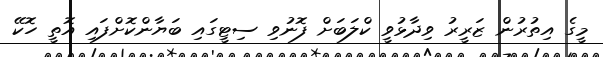
މީގެ އިތުރުން ޒަރީރު ވިދާޅުވީ ކްލަބަށް ފޮނުވި ސިޓީގައި ބަޔާންކޮށްފައި އޮތީ ހޮކޭ